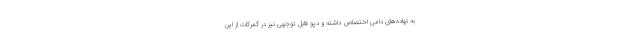
به نهاده‌های دامی اختصاص داشته و دپو قابل توجهی نیز در گمرکات از این